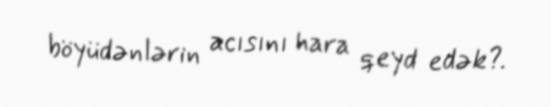
böyüdənlərin acısını hara qeyd edək?.